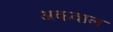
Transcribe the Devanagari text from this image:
अकवाल